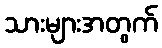
သားများအတွက်